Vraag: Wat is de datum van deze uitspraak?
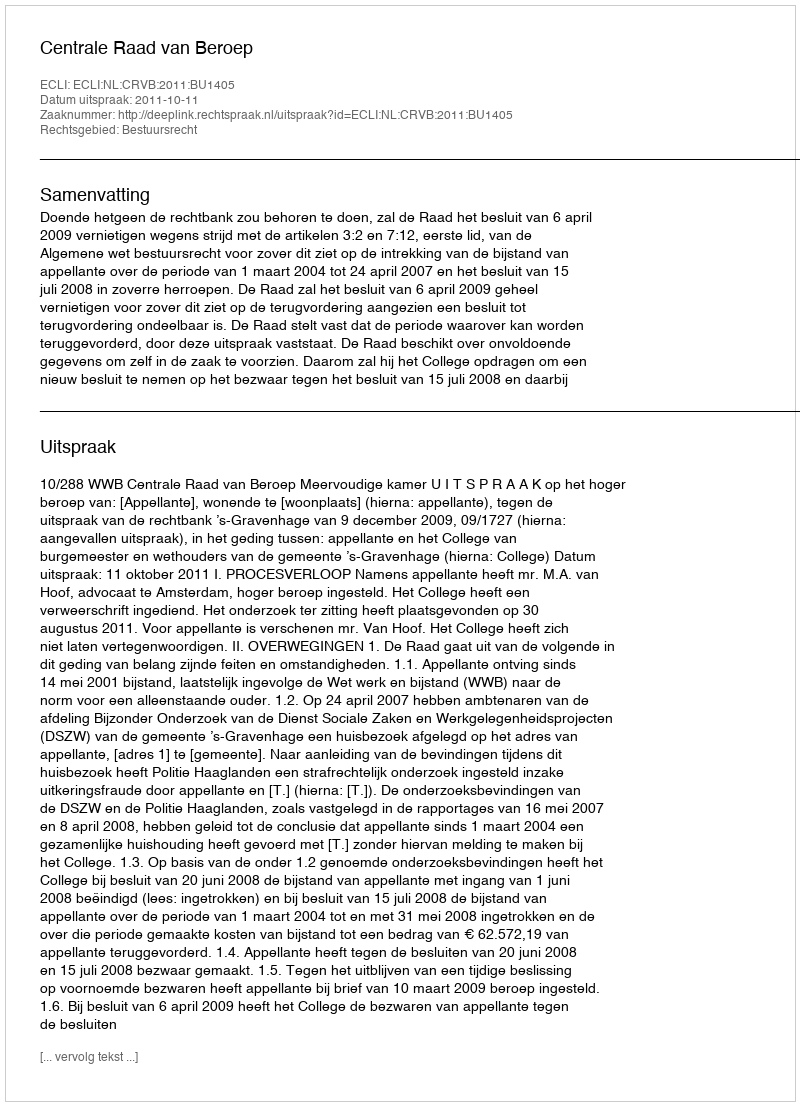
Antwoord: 2011-10-11